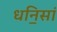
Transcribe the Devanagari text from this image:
धनि॒सां